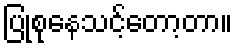
ပြုစုနေသင့်တော့တာ။